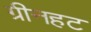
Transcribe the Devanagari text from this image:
ग्रीनहट